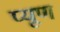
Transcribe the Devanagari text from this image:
प्यूण